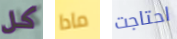
كل مادا احتاجت